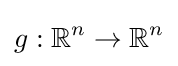
g:\mathbb {R} ^{n}\to \mathbb {R} ^{n}